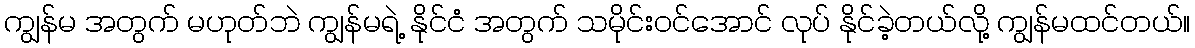
ကျွန်မ အတွက် မဟုတ်ဘဲ ကျွန်မရဲ့ နိုင်ငံ အတွက် သမိုင်းဝင်အောင် လုပ် နိုင်ခဲ့တယ်လို့ ကျွန်မထင်တယ်။